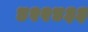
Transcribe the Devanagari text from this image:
४२२४३३